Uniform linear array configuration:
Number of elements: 48
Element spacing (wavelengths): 0.25
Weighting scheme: uniform
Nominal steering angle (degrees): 15
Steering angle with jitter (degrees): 14.267
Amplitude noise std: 0.05
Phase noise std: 0.05

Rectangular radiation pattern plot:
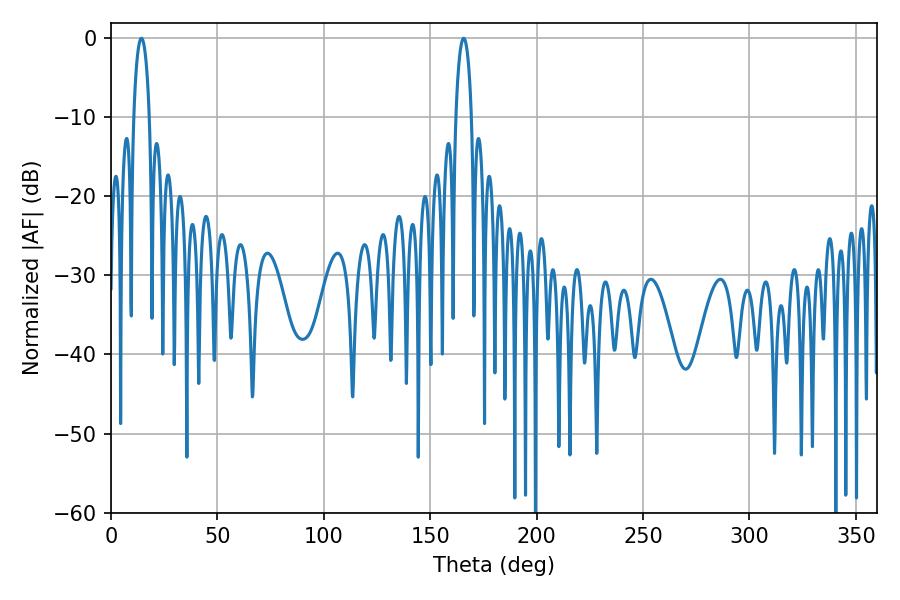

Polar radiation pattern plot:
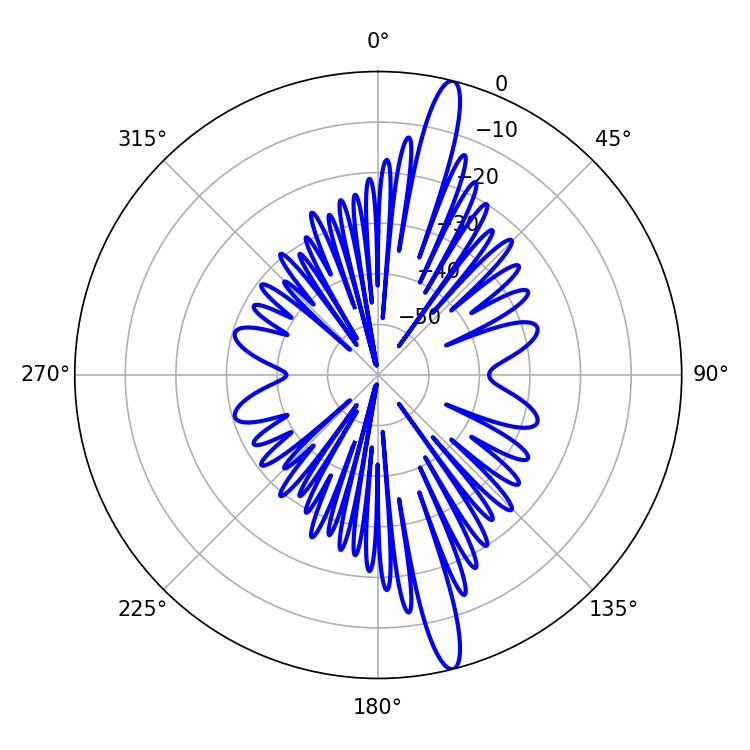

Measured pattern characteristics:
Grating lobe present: FALSE
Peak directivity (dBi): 16.686
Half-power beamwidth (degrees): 4.14
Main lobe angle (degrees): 14.22